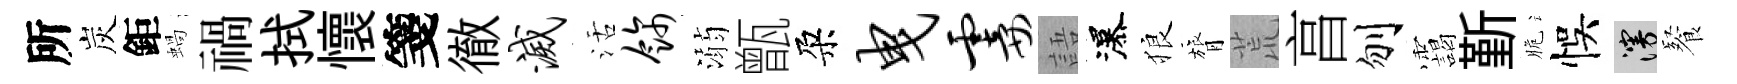
所炭鉅蝸禍拭懷箋徹灭活饰溺甑朶曳霎語瀑狼膂荒亯刎靄斳脆悞漫餐